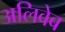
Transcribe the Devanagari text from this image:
अलिवेब